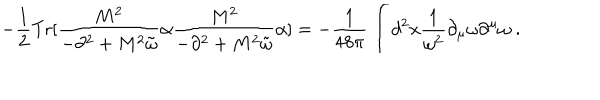
LaTeX: - \frac { 1 } { 2 } \mathrm { T r } [ \frac { M ^ { 2 } } { - \partial ^ { 2 } + M ^ { 2 } { \tilde { \omega } } } \alpha \frac { M ^ { 2 } } { - \partial ^ { 2 } + M ^ { 2 } { \tilde { \omega } } } \alpha ] = - { \frac { 1 } { 4 8 \pi } } \int d ^ { 2 } x { \frac { 1 } { \omega ^ { 2 } } } \partial _ { \mu } \omega \partial ^ { \mu } \omega \; .